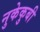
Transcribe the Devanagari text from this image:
नुकेकुबी